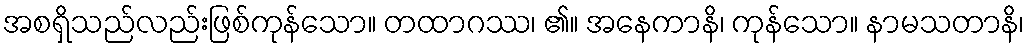
အစရှိသည်လည်းဖြစ်ကုန်သော။ တထာဂဿ၊ ၏။ အနေကာနိ၊ ကုန်သော။ နာမသတာနိ၊